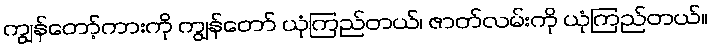
ကျွန်တော့်ကားကို ကျွန်တော် ယုံကြည်တယ်၊ ဇာတ်လမ်းကို ယုံကြည်တယ်။